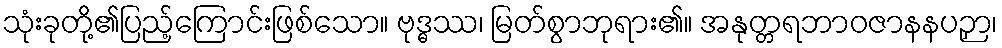
သုံးခုတို့၏ပြည့်ကြောင်းဖြစ်သော။ ဗုဒ္ဓဿ၊ မြတ်စွာဘုရား၏။ အနုတ္တရဘာဝဇာနနပဉှာ၊